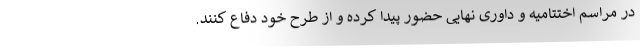
در مراسم اختتامیه و داوری نهایی حضور پیدا کرده و از طرح خود دفاع کنند.